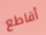
أقاطع